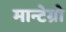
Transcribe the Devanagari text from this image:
मान्टेग्रो